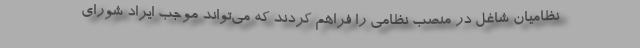
نظامیان شاغل در منصب نظامی را فراهم کردند که می‌تواند موجب ایراد شورای